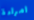
امراءة